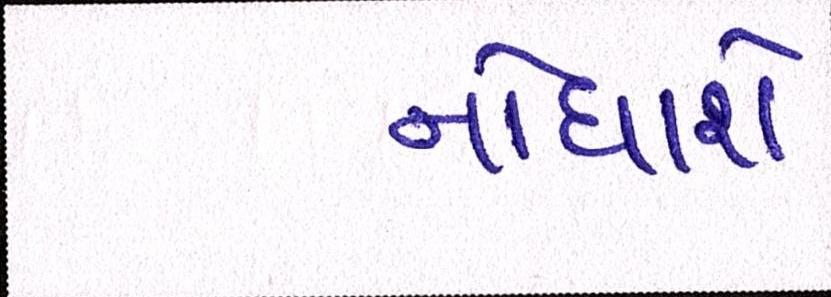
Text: નોંધાશે